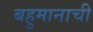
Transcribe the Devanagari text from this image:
बहुमानाची